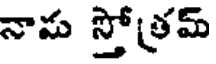
నామ స్తోత్రమ్